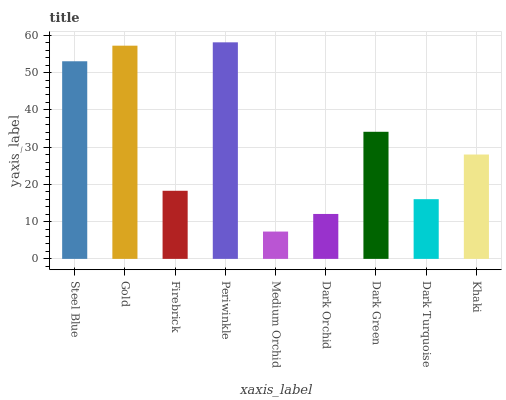
| xaxis_label | bars |
 | --- | --- |
 | Steel Blue | 53 |
 | Gold | 57.2 |
 | Firebrick | 18.3 |
 | Periwinkle | 58.1 |
 | Medium Orchid | 7.33 |
 | Dark Orchid | 12.1 |
 | Dark Green | 34.1 |
 | Dark Turquoise | 16 |
 | Khaki | 28 |